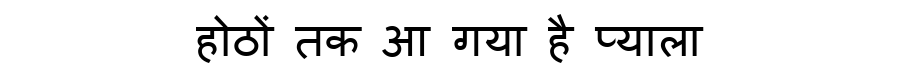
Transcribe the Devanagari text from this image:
होठों तक आ गया है प्याला